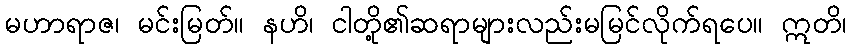
မဟာရာဇ၊ မင်းမြတ်။ နဟိ၊ ငါတို့၏ဆရာများလည်းမမြင်လိုက်ရပေ။ ဣတိ၊